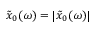
\tilde { x } _ { 0 } ( \omega ) = \lvert \tilde { x } _ { 0 } ( \omega ) \rvert